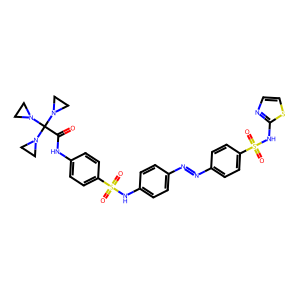
SMILES: O=C(Nc1ccc(S(=O)(=O)Nc2ccc(N=Nc3ccc(S(=O)(=O)Nc4nccs4)cc3)cc2)cc1)C(N1CC1)(N1CC1)N1CC1
Inhibits HIV replication: No